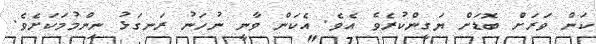
ކަން ވަރަށް ބޮޑަށް ޔަގީންކުރެވެ އެވެ. އެކަން ވާނީ ނުހަނު ރަނގަޅު ނިންމުމަކަށެވެ.